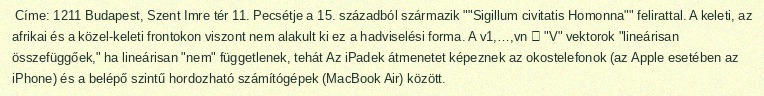
Címe: 1211 Budapest, Szent Imre tér 11. Pecsétje a 15. századból származik ""Sigillum civitatis Homonna"" felirattal. A keleti, az afrikai és a közel-keleti frontokon viszont nem alakult ki ez a hadviselési forma. A v1,…,vn ∈ "V" vektorok "lineárisan összefüggőek," ha lineárisan "nem" függetlenek, tehát Az iPadek átmenetet képeznek az okostelefonok (az Apple esetében az iPhone) és a belépő szintű hordozható számítógépek (MacBook Air) között.